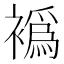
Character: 𬡮